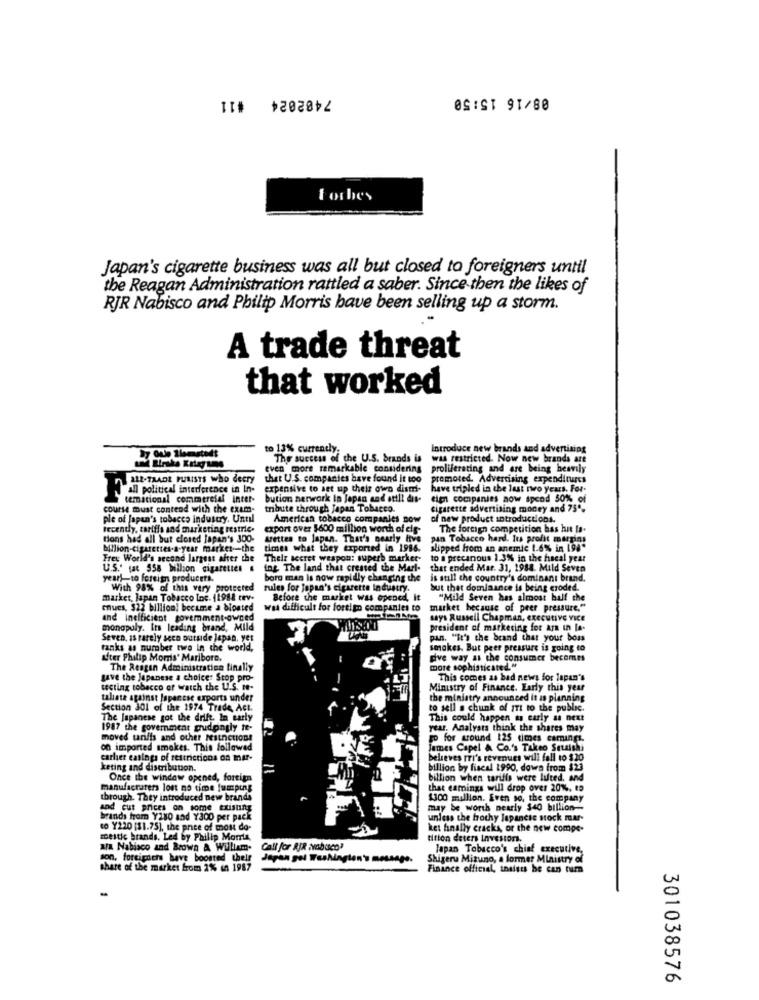
7402024 #11
08/16 15:50
torbes
Japan's cigarette business was all but closed to foreigners until
the Reagan Administration rattled a saber. Since then the likes of
RJR Nabisco and Philip Morris have been selling up a storm.
A trade threat
that worked
to 13% currently
Introduce new brands and advertising
The success of the U.S. brands is
was restricted. Now new brands are
even more remarkable considering
proliferating and are being heavily
212-TAADE PURISTS who decry
that U.S. companies have found it too
promoted. Advertising expenditures
all political interference in In-
expensive to set up their own distri-
have tripled in the last two years. For-
temational commercial inter-
bution network in Japan and still dis-
eien companies now spend 50% of
course must contend with the exam-
tribute through Japan Tobacco.
cigarette advertising money and 75".
ple of japan's tobacco industry. Until
American tobacco companies sow
of new product introductions.
recently, tariffs and marketing restric.
export over $600 million worth of eis-
The foreign competition has hit Is-
tions had all but closed japan's 300-
Arettes to japan. That's nearly live
pan Tobacco hard. Tra profit margins
Million-cigarettes.a-year market -- the
times what they exported in 1986.
slipped from an anemic (.6% in 198*
Free World's second largest after the
Their secret weapon: superb marker-
to a precanous 1.3% in the hacal year
U.S.' fat 558 billion cigaretlet
ing The land that created the Marl-
that ended Mar. 31, 1988. Mild Seven
year)-to foreign producers.
borg man is now rapidly changing the
is still the country's dominanı brand.
With 98% of this very protected
rules for japan's cigarette industry.
but that dominance is being eroded.
market, Japan Tobacco Inc. (1988 tev-
Before the market was opened, it
"Mild Seven has almost half the
cues, $22 billion! became a bioated
was difficult for foreign companies to
market because of peer pressure."
and inefficient goverment-owned
says Russell Chapman, executive vice
monapuly. Its leading brand, Mild
president of marketing for ar in la.
Seven, is rarely seen outside Jepan, yet
pan. "It's the brand that your boss
tanks as number two in the world,
smakes. But peer pressure is going to
after Philip Morris' Maribore.
dve way as the consumer becomes
The Reagan Administration finally
more sophisticated. "
gave the Japanese a choice: Stop pro-
This comes as bad news for lapan's
tecting tobacco of watch the U.S. te-
Ministry of Finance. Early this year
taliate against Japanese exports under
the ministry announced it is planning
Section 301 of the 1974 Trade, Act.
to sell a chunk of IT! to the public.
The japanese got the drift. In early
This could happen as early as next
1987 the government pudongly te-
year. Analysts think the shares may
moved tariffs and other reithctions
go for wround 125 times camings.
on imported smokes. This followed
James Capel & Co.'s Takeo Setaishi
carlier casings of restrictions on mar-
believes ri's revenues will fall to $20
keting and distribution.
billion by fiscal 1990, down from $23
Once the window opened, foreign
billion when tariffs were luted. and
manufacturers lost no time jumping
that camings will drop over 20%, to
through. They introduced new brands
$300 million. Even so, the company
and cut prices on some tulisting
may be worth nearly $40 billion-
brands from Y280 and Y300 per pack
unless the hochy japanese stock mar-
to Y220 [$1.75), the price of mou do-
ket finally cracks, or the new compe-
mestic brands. Led by Philip Morris,
tition deters Investor.
Ala Nabisco and Brown A William.
Call for AIR Nabuco?
Japan Tobacco's chief executive,
son. foreigners have boosted their
Japan gol Washington's message.
Shigeru Mizuno, a former Ministry of
share of the market from 2% in 1987
Finance official, insists be can turn
301038576